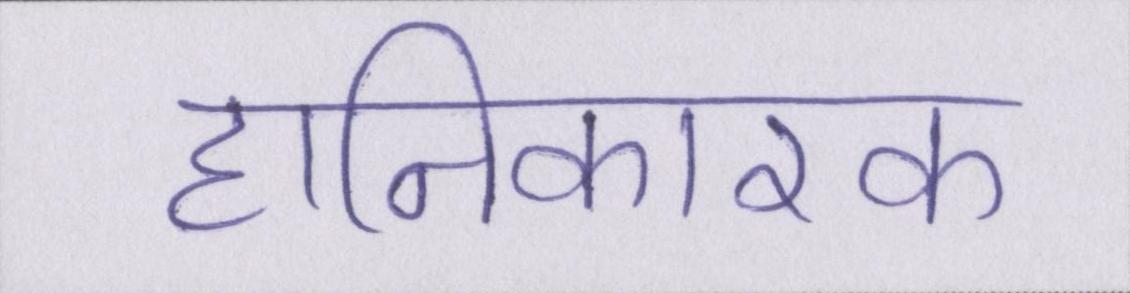
हानिकारक